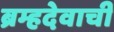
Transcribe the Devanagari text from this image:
ब्रम्हदेवाची